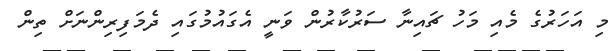
މި އަހަރުގެ މެއި މަހު ޗައިނާ ސަރުކާރުން ވަނީ އެގައުމުގައި ދެމަފިރިންނަށް ތިން